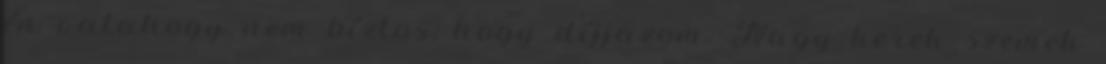
én valahogy nem bíztos, hogy díjjazom. Nagy kerek szemek